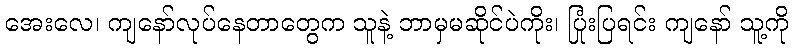
အေးလေ၊ ကျနော်လုပ်နေတာတွေက သူနဲ့ ဘာမှမဆိုင်ပဲကိုး၊ ပြုံးပြရင်း ကျနော် သူ့ကို